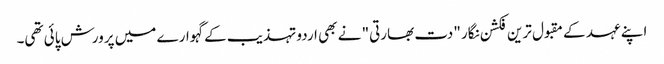
اپنے عہد کے مقبول ترین فکشن نگار "دت بھارتی" نے بھی اردو تہذیب کے گہوارے میں پرورش پائی تھی۔